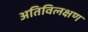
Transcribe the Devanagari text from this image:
अतिविलक्षण